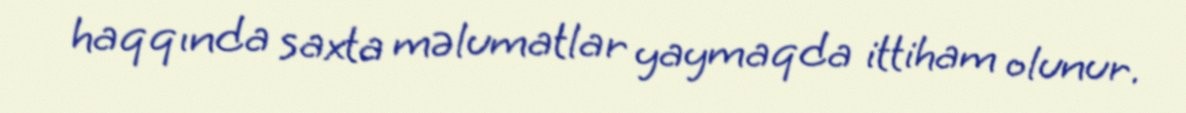
haqqında saxta məlumatlar yaymaqda ittiham olunur.